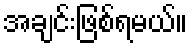
အချင်းဖြစ်ရမယ်။